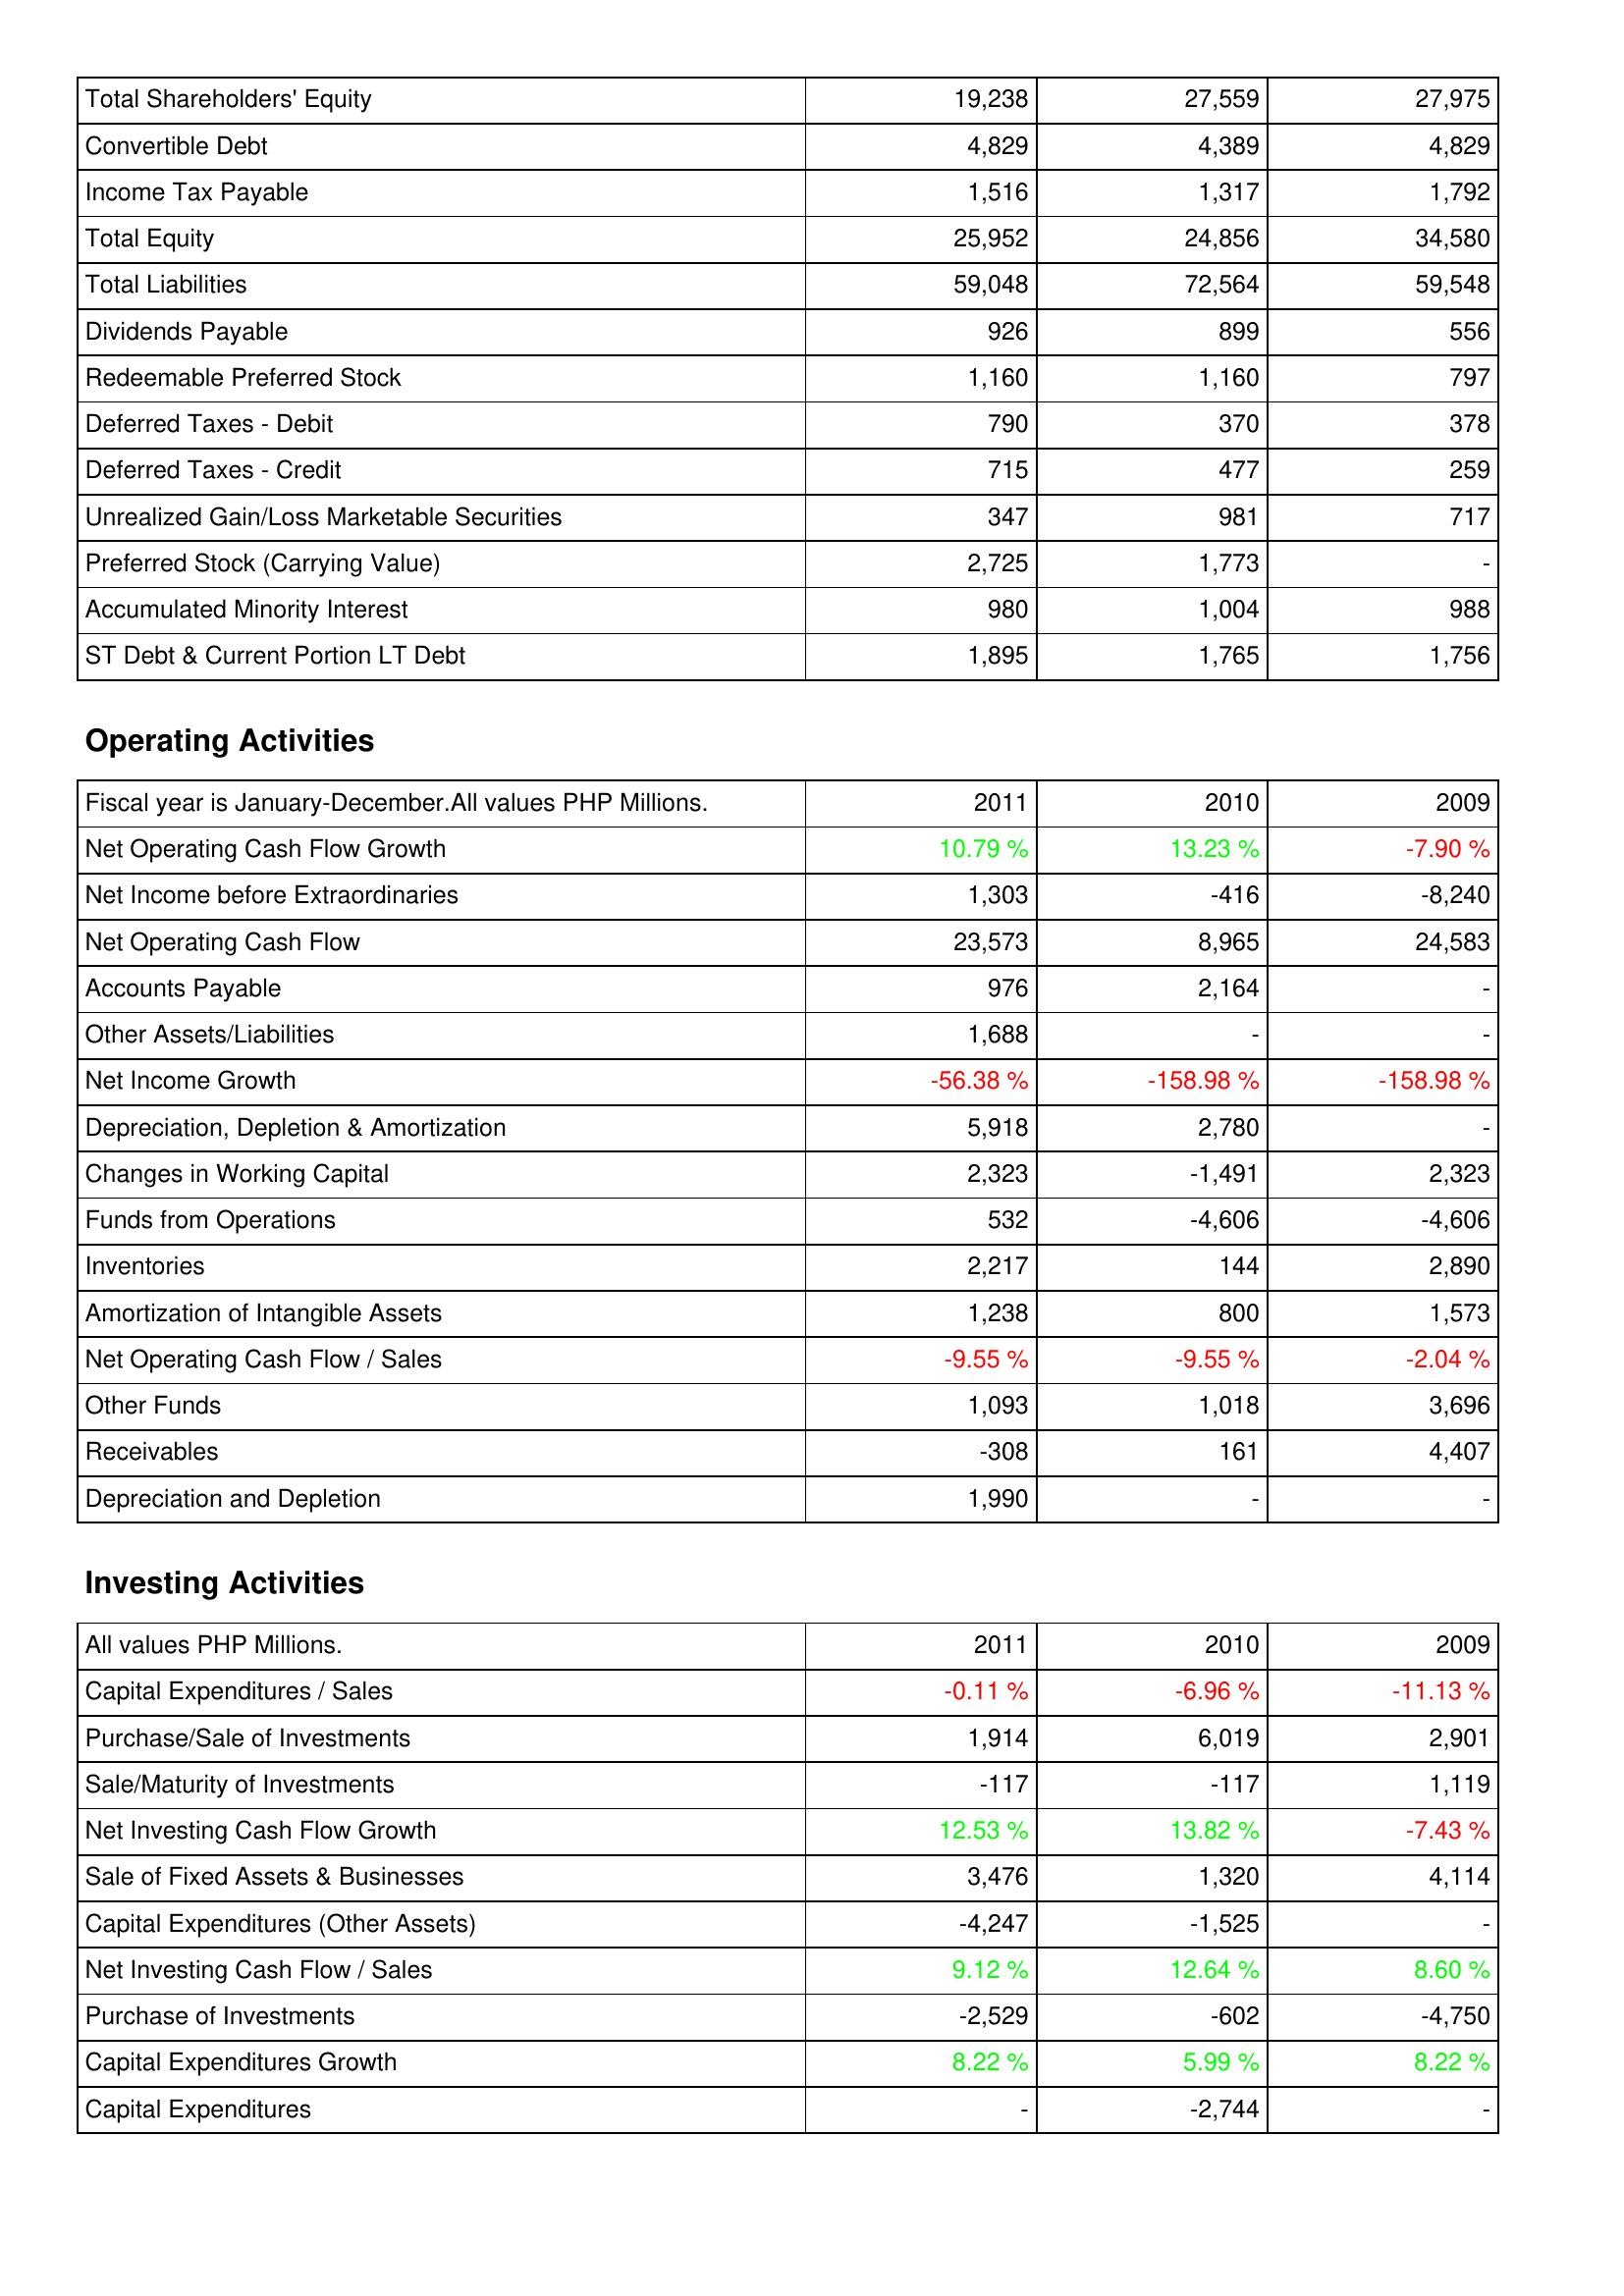
2011: Liabilities & Shareholders' Equity: Total Shareholders' Equity: 19,238
Convertible Debt: 4,829
Income Tax Payable: 1,516
Total Equity: 25,952
Total Liabilities: 59,048
Dividends Payable: 926
Redeemable Preferred Stock: 1,160
Deferred Taxes - Debit: 790
Deferred Taxes - Credit: 715
Unrealized Gain/Loss Marketable Securities: 347
Preferred Stock (Carrying Value): 2,725
Accumulated Minority Interest: 980
ST Debt & Current Portion LT Debt: 1,895
Operating Activities: Net Operating Cash Flow Growth: 10.79 %
Net Income before Extraordinaries: 1,303
Net Operating Cash Flow: 23,573
Accounts Payable: 976
Other Assets/Liabilities: 1,688
Net Income Growth: -56.38 %
Depreciation, Depletion & Amortization: 5,918
Changes in Working Capital: 2,323
Funds from Operations: 532
Inventories: 2,217
Amortization of Intangible Assets: 1,238
Net Operating Cash Flow / Sales: -9.55 %
Other Funds: 1,093
Receivables: -308
Depreciation and Depletion: 1,990
Investing Activities: Capital Expenditures / Sales: -0.11 %
Purchase/Sale of Investments: 1,914
Sale/Maturity of Investments: -117
Net Investing Cash Flow Growth: 12.53 %
Sale of Fixed Assets & Businesses: 3,476
Capital Expenditures (Other Assets): -4,247
Net Investing Cash Flow / Sales: 9.12 %
Purchase of Investments: -2,529
Capital Expenditures Growth: 8.22 %
Capital Expenditures: -
2010: Liabilities & Shareholders' Equity: Total Shareholders' Equity: 27,559
Convertible Debt: 4,389
Income Tax Payable: 1,317
Total Equity: 24,856
Total Liabilities: 72,564
Dividends Payable: 899
Redeemable Preferred Stock: 1,160
Deferred Taxes - Debit: 370
Deferred Taxes - Credit: 477
Unrealized Gain/Loss Marketable Securities: 981
Preferred Stock (Carrying Value): 1,773
Accumulated Minority Interest: 1,004
ST Debt & Current Portion LT Debt: 1,765
Operating Activities: Net Operating Cash Flow Growth: 13.23 %
Net Income before Extraordinaries: -416
Net Operating Cash Flow: 8,965
Accounts Payable: 2,164
Other Assets/Liabilities: -
Net Income Growth: -158.98 %
Depreciation, Depletion & Amortization: 2,780
Changes in Working Capital: -1,491
Funds from Operations: -4,606
Inventories: 144
Amortization of Intangible Assets: 800
Net Operating Cash Flow / Sales: -9.55 %
Other Funds: 1,018
Receivables: 161
Depreciation and Depletion: -
Investing Activities: Capital Expenditures / Sales: -6.96 %
Purchase/Sale of Investments: 6,019
Sale/Maturity of Investments: -117
Net Investing Cash Flow Growth: 13.82 %
Sale of Fixed Assets & Businesses: 1,320
Capital Expenditures (Other Assets): -1,525
Net Investing Cash Flow / Sales: 12.64 %
Purchase of Investments: -602
Capital Expenditures Growth: 5.99 %
Capital Expenditures: -2,744
2009: Liabilities & Shareholders' Equity: Total Shareholders' Equity: 27,975
Convertible Debt: 4,829
Income Tax Payable: 1,792
Total Equity: 34,580
Total Liabilities: 59,548
Dividends Payable: 556
Redeemable Preferred Stock: 797
Deferred Taxes - Debit: 378
Deferred Taxes - Credit: 259
Unrealized Gain/Loss Marketable Securities: 717
Preferred Stock (Carrying Value): -
Accumulated Minority Interest: 988
ST Debt & Current Portion LT Debt: 1,756
Operating Activities: Net Operating Cash Flow Growth: -7.90 %
Net Income before Extraordinaries: -8,240
Net Operating Cash Flow: 24,583
Accounts Payable: -
Other Assets/Liabilities: -
Net Income Growth: -158.98 %
Depreciation, Depletion & Amortization: -
Changes in Working Capital: 2,323
Funds from Operations: -4,606
Inventories: 2,890
Amortization of Intangible Assets: 1,573
Net Operating Cash Flow / Sales: -2.04 %
Other Funds: 3,696
Receivables: 4,407
Depreciation and Depletion: -
Investing Activities: Capital Expenditures / Sales: -11.13 %
Purchase/Sale of Investments: 2,901
Sale/Maturity of Investments: 1,119
Net Investing Cash Flow Growth: -7.43 %
Sale of Fixed Assets & Businesses: 4,114
Capital Expenditures (Other Assets): -
Net Investing Cash Flow / Sales: 8.60 %
Purchase of Investments: -4,750
Capital Expenditures Growth: 8.22 %
Capital Expenditures: -